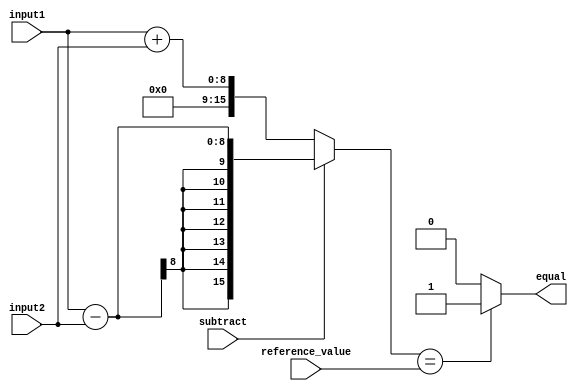
module arithmetic_comparator (
  input wire [7:0] input1,
  input wire [7:0] input2,
  input wire subtract,
  input wire [7:0] reference_value,
  output reg equal
);

reg [15:0] difference;

always @ (input1, input2, subtract) begin
  if (subtract) begin
    difference = input1 - input2;
  end else begin
    difference = input1 + input2;
  end
  
  if (difference == reference_value) begin
    equal = 1;
  end else begin
    equal = 0;
  end
end

endmodule